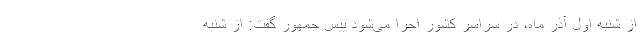
از شنبه اول آذر ماه، در سراسر کشور اجرا می‌شود ییس جمهور گفت: از شنبه